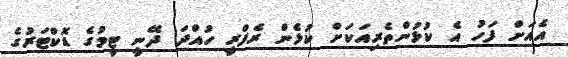
އެއަށް ފަހު އެ ކުޅުންތެރިއަކަށް ކުޅެން ރެފްރީ ހުއްދަ ދޭނީ ޓީމުގެ ޑޮކްޓަރުގެ